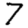
Digit: 7